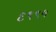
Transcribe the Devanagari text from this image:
६९९५